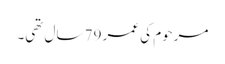
مرحوم کی عمر 79 سال تھی۔